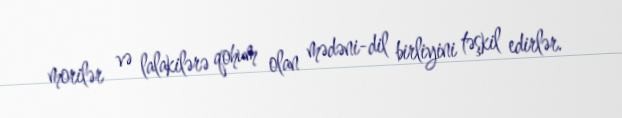
morilər və lalakilərə qohum olan mədəni-dil birliyini təşkil edirlər.